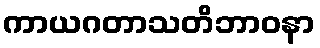
ကာယဂတာသတိဘာဝနာ